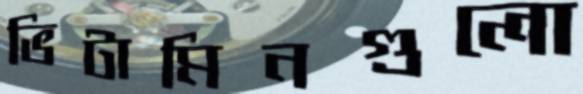
ভিটামিনগুলো